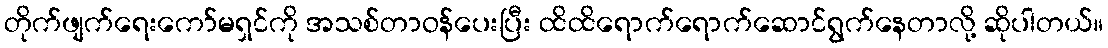
တိုက်ဖျက်ရေးကော်မရှင်ကို အသစ်တာဝန်ပေးပြီး ထိထိရောက်ရောက်ဆောင်ရွက်နေတာလို့ ဆိုပါတယ်။